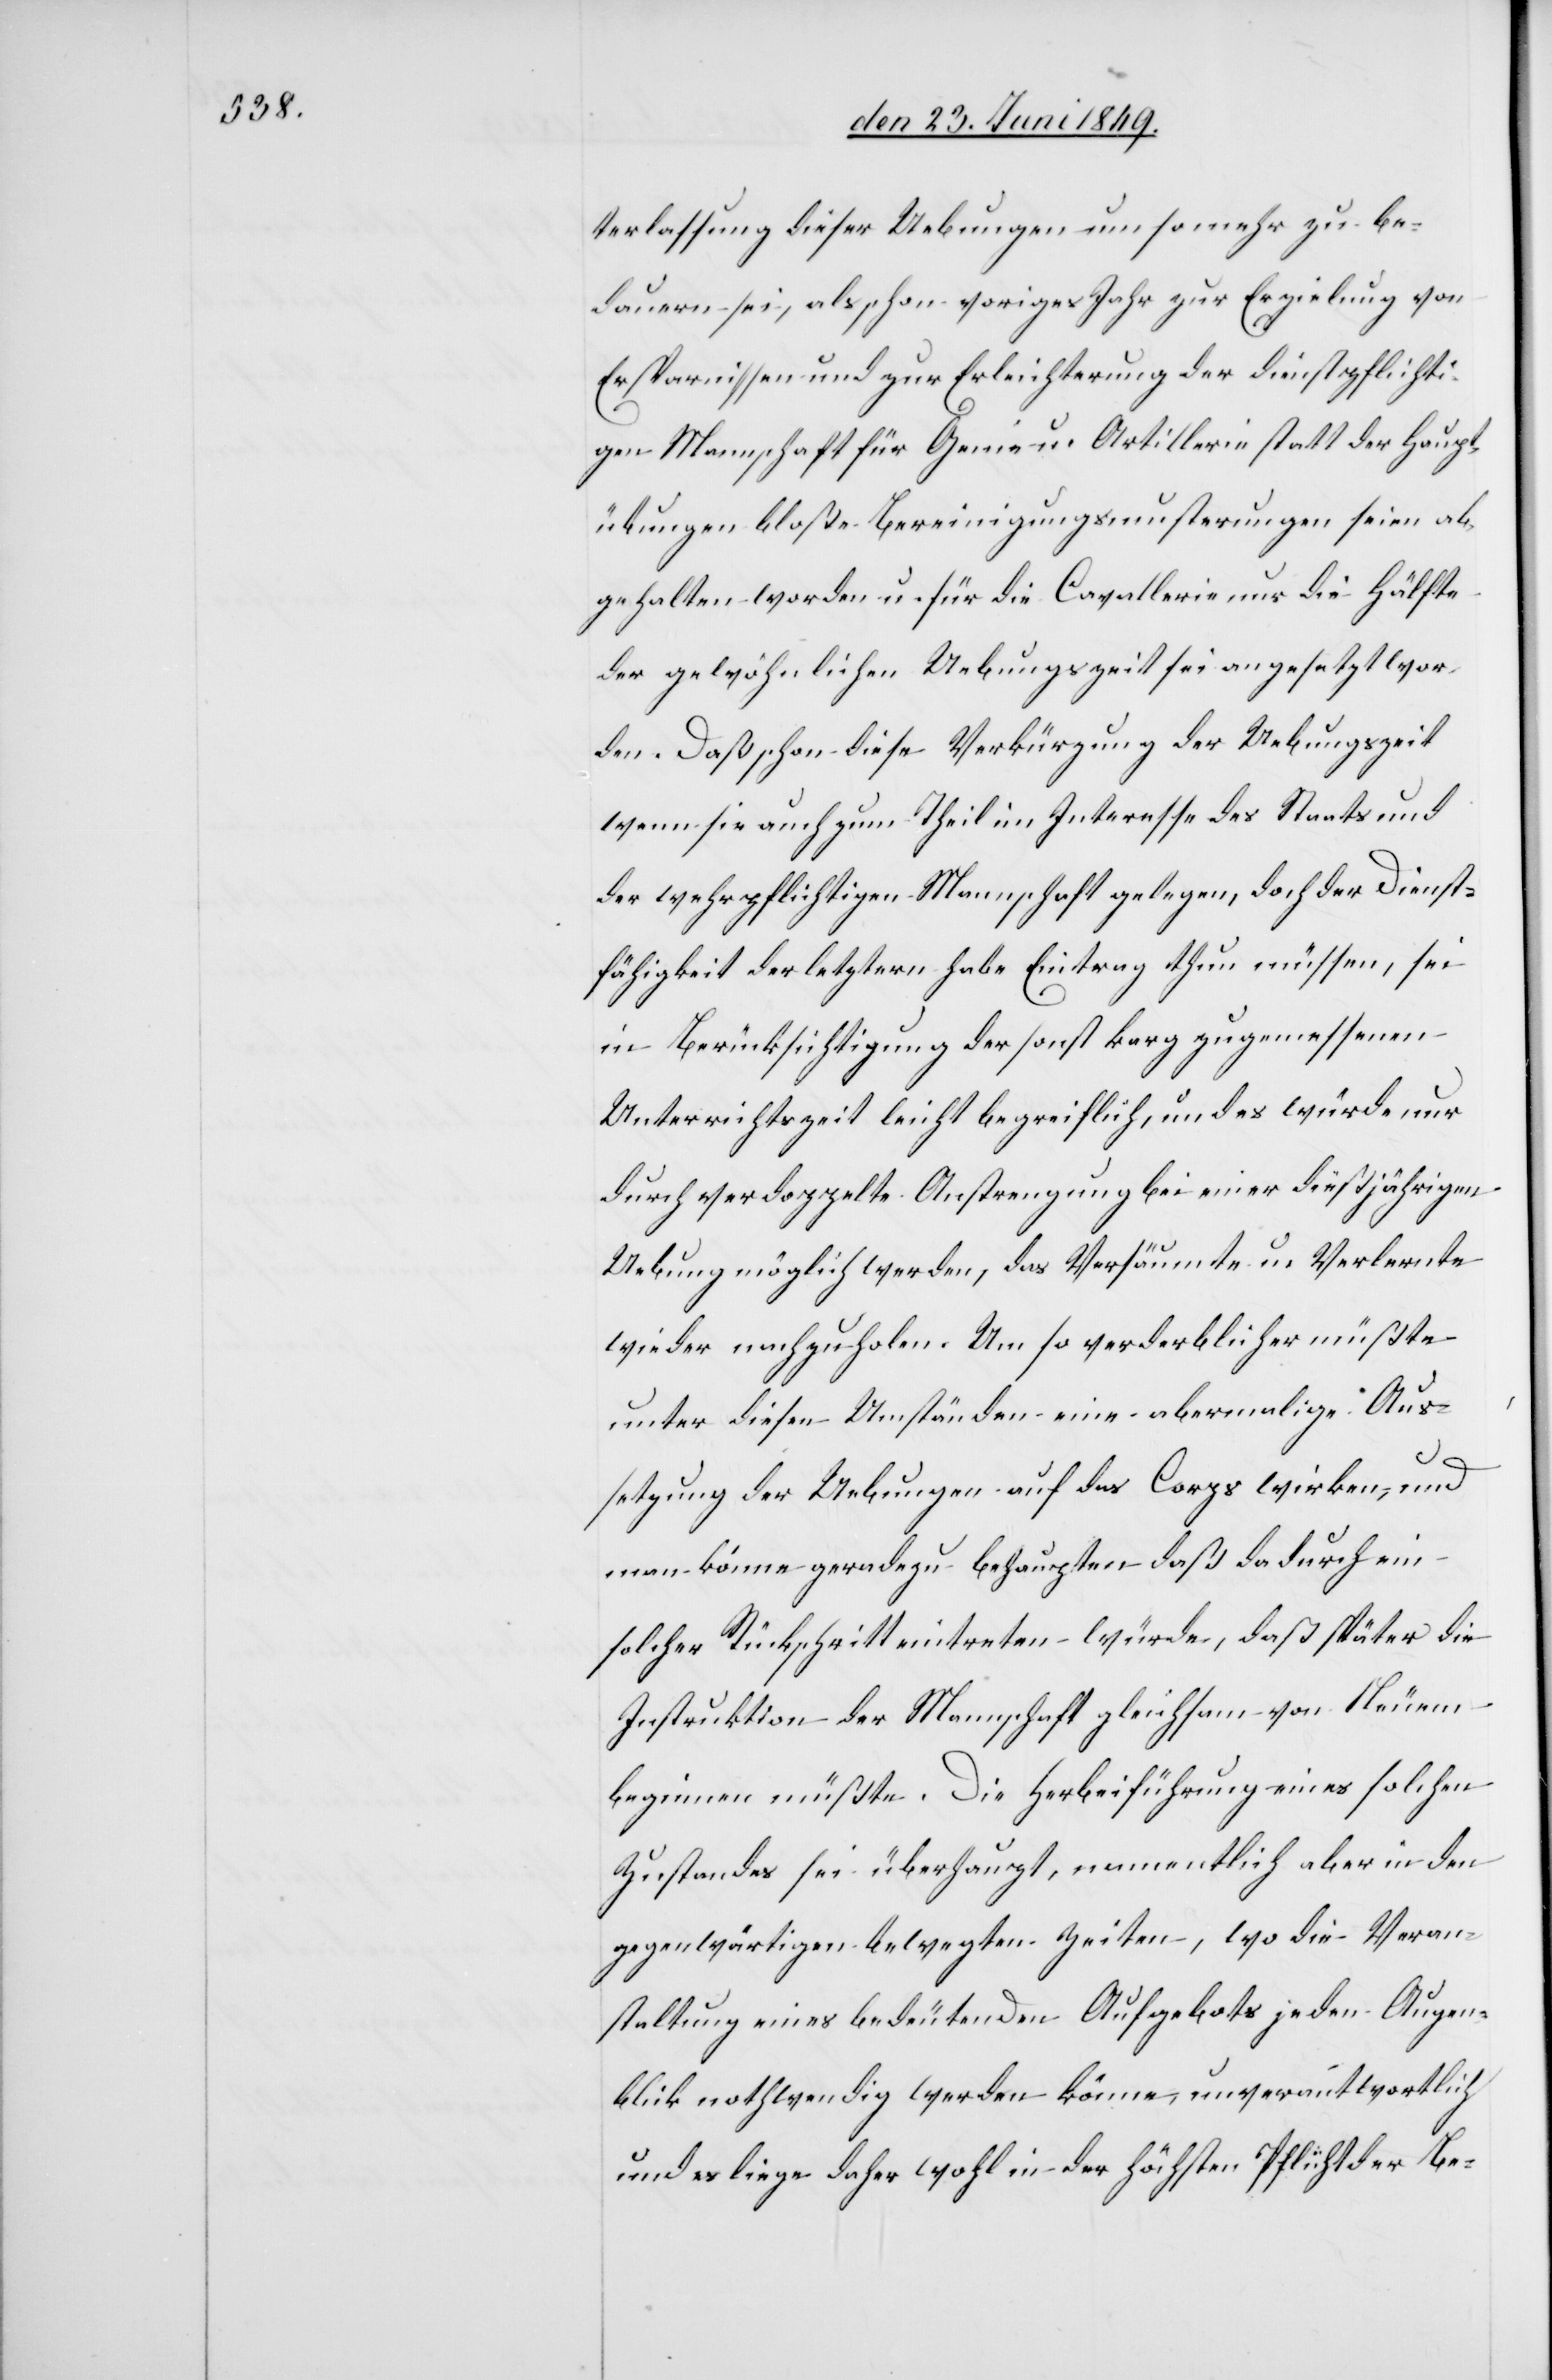
terlassung dieser Uebungen um so mehr zu be¬
dauern sei, als schon voriges Jahr zur Erzielung von
Ersparnissen und zur Erleichterung der dienstpflichti¬
gen Mannschaft für Genie- u. Artillerie statt der Haupt¬
übungen bloße Bereinigungsmusterungen seien ab¬
gehalten worden u. für die Cavallerie nur die Hälfte
der gewöhnlichen Uebungszeit sei angesetzt wor¬
den. Daß schon diese Verkürzung der Uebungszeit
wenn sie auch zum Theil im Interesse des Staats und
der wehrpflichtigen Mannschaft gelegen, doch der Dienst¬
fähigkeit der letztern habe Eintrag thun müssen, sei
in Berücksichtigung der sonst karg zugemessenen
Unterrichtszeit leicht begreiflich, und es würde nur
durch verdoppelte Anstrengung bei einer dießjährigen
Uebung möglich werden, das Versäumte u. Verlernte
wieder nachzuholen. Um so verderblicher müßte
unter diesen Umständen eine abermalige Aus¬
setzung der Uebungen auf das Corps wirken, und
man könne geradezu behaupten daß dadurch ein
solcher Rückschritt eintreten würde, daß später die
Instruktion der Mannschaft gleichsam von Neuem
beginnen müßte. Die Herbeiführung eines solchen
Zustandes sei überhaupt, namentlich aber in den
gegenwärtigen bewegten Zeiten, wo die Veran¬
staltung eines bedeutenden Aufgebots jeden Augen¬
blik nothwendig werden könne, unverantwortlich
und es liege daher wohl in der höchsten Pflicht der Be-